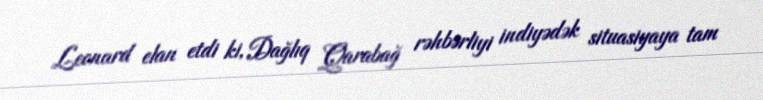
Leonard elan etdi ki, Dağlıq Qarabağ rəhbərliyi indiyədək situasiyaya tam